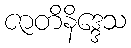
ဇာတိနိဒ္ဒေသ